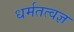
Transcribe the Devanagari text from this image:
धर्मतत्वज्ञ